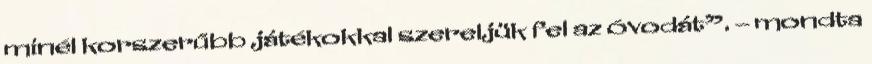
minél korszerűbb játékokkal szereljük fel az óvodát”. – mondta